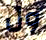
ول